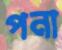
পনা